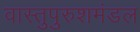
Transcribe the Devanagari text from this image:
वास्तुपुरुशमंडल